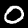
Digit: 0